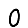
Digit: 0